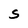
Character: S